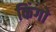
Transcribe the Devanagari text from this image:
किंगो